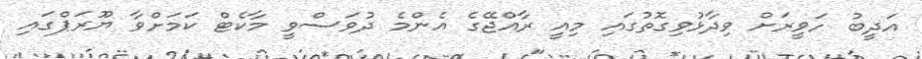
އަދީބު ހަވީރަށް ވިދާޅުވިގޮތުގައި މިއީ ރާއްޖޭގެ އެންމެ ދުވަސްވީ މާކެޓް ކަމަށްވާ ޔޫރަޕްގައި